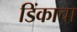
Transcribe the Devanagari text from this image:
डिंकाचा